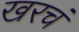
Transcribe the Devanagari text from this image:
खरचं